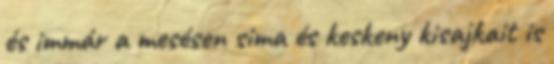
és immár a mesésen sima és keskeny kisajkait is